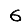
Digit: 6